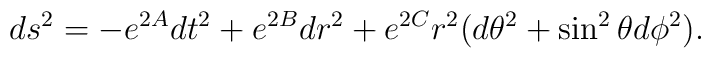
ds^2=-e^{2A}dt^2+e^{2B}dr^2+e^{2C}r^2(d\theta^2+\sin^2\theta d\phi^2).